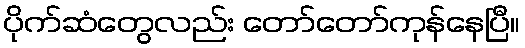
ပိုက်ဆံတွေလည်း တော်တော်ကုန်နေပြီ။